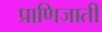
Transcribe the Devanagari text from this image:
प्राणिजाती